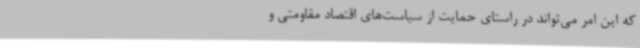
که این امر می‌تواند در راستای حمایت از سیاست‌های اقتصاد مقاومتی و